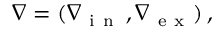
\nabla = ( \nabla { } _ { \mathrm { ~ i ~ n ~ } } \, , \nabla { } _ { \mathrm { ~ e ~ x ~ } } ) \, ,